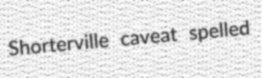
Shorterville caveat spelled